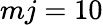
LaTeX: mj=10